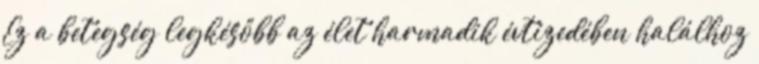
Ez a betegség legkésőbb az élet harmadik évtizedében halálhoz